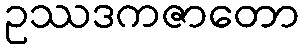
ဥဿဒကဇာတော